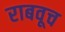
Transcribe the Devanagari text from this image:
राबवूच